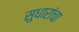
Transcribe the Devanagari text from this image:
सुधारांचा